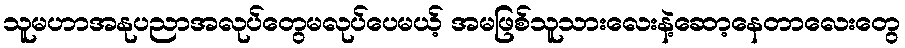
သူမဟာအနုပညာအလုပ်တွေမလုပ်ပေမယ့် အမဖြစ်သူသားလေးနဲ့ဆော့နေတာလေးတွေ